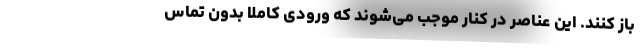
باز کنند. این عناصر در کنار موجب می‌شوند که ورودی کاملا بدون تماس